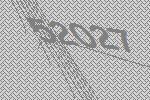
52027